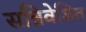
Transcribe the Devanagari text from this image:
सन्निवेशित